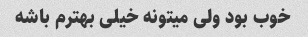
خوب بود ولی میتونه خیلی بهترم باشه